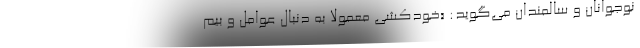
نوجوانان و سالمندان می‌گوید: «خودکشی معمولاً به دنبال عوامل و بیم